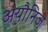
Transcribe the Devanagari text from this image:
अयौनिज